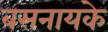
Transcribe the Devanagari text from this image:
बसनायके